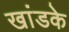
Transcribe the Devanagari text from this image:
खांडके